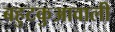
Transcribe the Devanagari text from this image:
बहुटकुआवाली